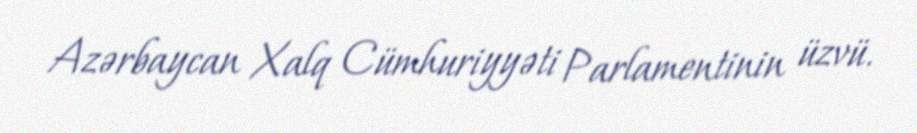
Azərbaycan Xalq Cümhuriyyəti Parlamentinin üzvü.